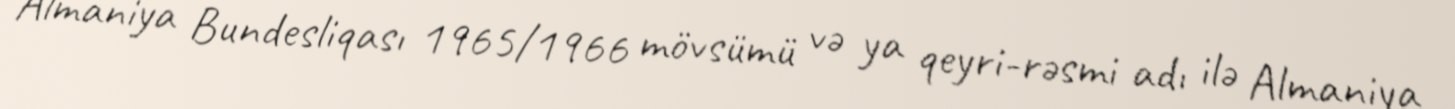
Almaniya Bundesliqası 1965/1966 mövsümü və ya qeyri-rəsmi adı ilə Almaniya